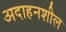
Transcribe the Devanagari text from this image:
अदाहनशील